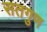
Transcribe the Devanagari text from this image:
सतगुण